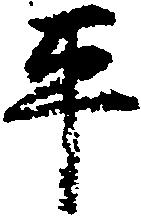
平